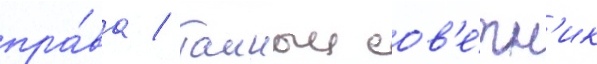
пра́ва / таиныи сов'е́тн'ик